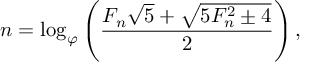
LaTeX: n = \log _ { \varphi } \left( { \frac { F _ { n } { \sqrt { 5 } } + { \sqrt { 5 F _ { n } ^ { 2 } \pm 4 } } } { 2 } } \right) ,